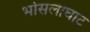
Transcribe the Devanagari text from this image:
भोसलाघाट